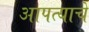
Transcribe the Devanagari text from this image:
आपत्याचे